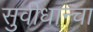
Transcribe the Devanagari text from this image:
सुवीधान्चा